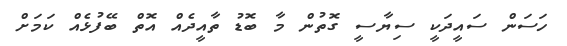
ހަސަން ސައީދަކީ ސިޔާސީ ގޮތުން މާ ބޮޑު ތާއީދެއް އޮތް ބޭފުޅެއް ކަމަށް